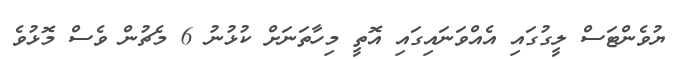
ޔުވެންޓަސް ލީގުގައި އެއްވަނައިގައި އޮތީ މިހާތަނަށް ކުޅުނު 6 މެޗުން ވެސް މޮޅުވެ